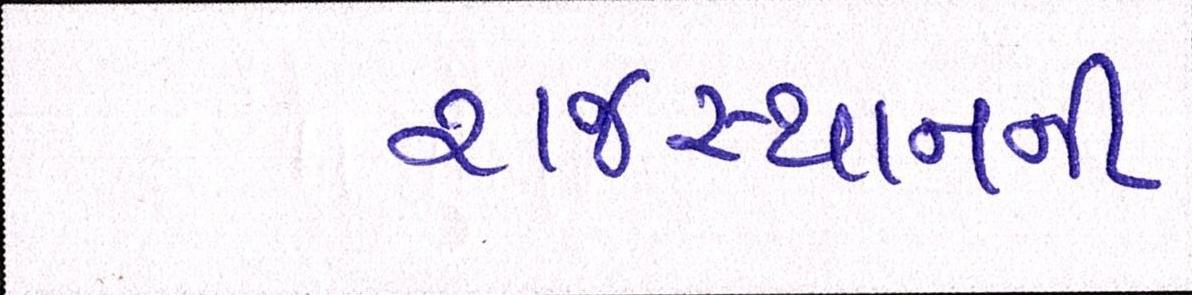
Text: રાજસ્થાનની